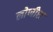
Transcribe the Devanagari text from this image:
लोणीस